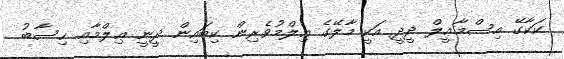
ކަކާގޭ އިސްމާޢީލް ދީދީ އަކީ މާލޭގެ ޢިލްމުވެރިން ކިބައިން ދީނީ ޢިލްމާއި ޙިސާބު